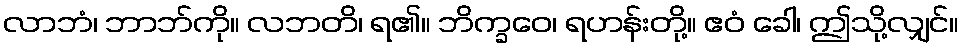
လာဘံ၊ ဘာဘ်ကို။ လဘတိ၊ ရ၏။ ဘိက္ခဝေ၊ ရဟန်းတို့။ ဧဝံ ခေါ၊ ဤသို့လျှင်။